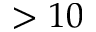
> 1 0